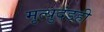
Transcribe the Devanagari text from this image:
मृत्युदंडही